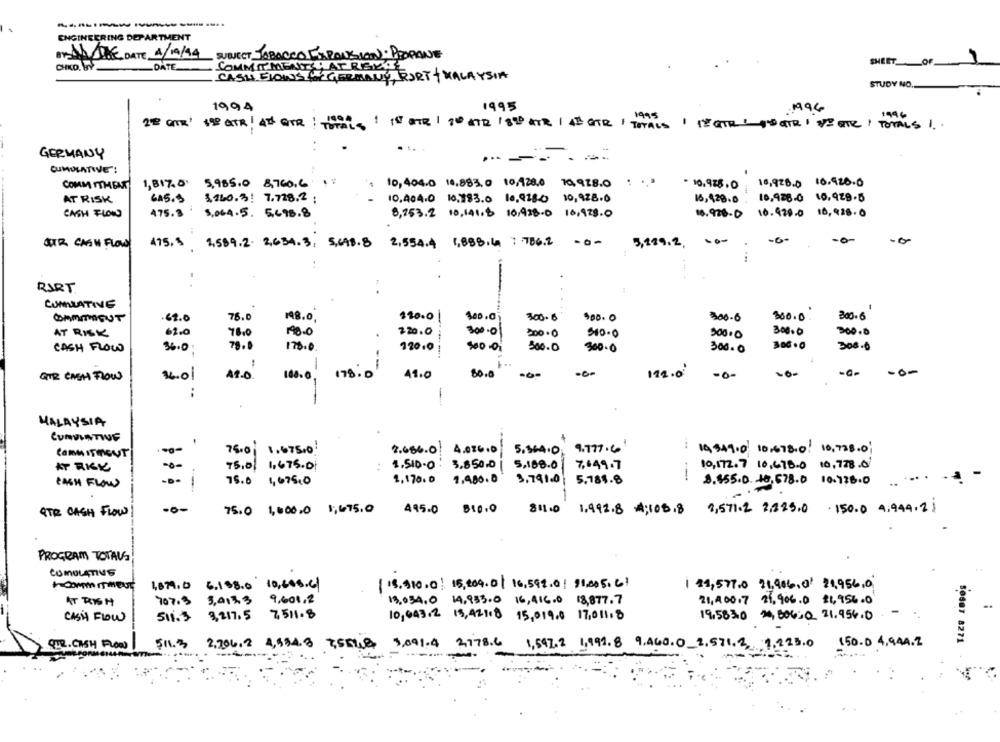
---------
ENGINEERING DEPARTMENT
BAL THE DATE 4/19/94
SUBJECT TABACCO EXPANSION). PROPONE
CHKD. BY
_DATE
COMMITMENTS AT RENTE
SHEETOF
CASH FLOWS CIGERMANY, PORT - MALAYSIA
STUDY NO.
1994
1995
199c
20 Grx' 198 QTR AT GTR . TOTALS
1000 1 10 STR / 30 STR 180 KR / 43 GTR / TOTALS | 12GTR : 10ATRI NOTE / TOTALS 1 ..
..
GERMANY
----
CUMULATIVE !
COMM ITHEM
1,817.0 5,985.0 8,760,6 1:
10,404.0 18,983. 0 10,128,0 70,978.0
10.928. 0
18,928.0 16.920.0
AT RISK
645.3 $160.3! 7.728.2 .
10.404.0 10,183.0 10,9180 10,928.0
16,428.0
10.928.0 15.928.5
CASH FLOWS
475.3 ' 5,064.5. 5.498.8
8,753.2 10,141.8 10,928.0 18,928.0
16.926-0 16.929.0 16, 926.0
STR CASH FLOW
415. $ 2,589.2. 2,634.3, 5,698.8 2,554.4 1,888.4 1 .786.2
-0-
3,189.2.
-0-
..
RART
CUMULATIVE
-67.0
78.0
148.0
220.0
400.01
300.6
300-6
300. 0.
300.6
AT RISK
61.0
78.0
220.0
300.01
200.0
3.00.0
CASH FLOW
36.0
78.0
175.0.
120.0
500.0
300.0
300.0
3.00 .0
300.0
--
QUE CASH FLOW
36.01
A1-0
100.0
178.0
41.0
60.0
112.0
-0-
-0-
:
MALAYSIA
CUMULATIVE
75.0 1.67510
2.666.0 4.026.0
5.164.O.
9.777 .6'
19 349.0 10,678.0 10, 728.0;
COMMITMENT
AT RISK
75,01
1,475.01
1.510-0 : 3,850.0
3.850.0
5,188.0
7,649.7
10,172.7 16.678.0 10, 728.0
-0 -
75.0
1,675,0
1,170.0 1,480.0
1,480.0
3,791.0 | 5.784.8
3.555.0. 10.578.0 10.726.0
... .
-
CASH FLOW
QTR CASH FLOW!
75.0 1,000.0 1,675.0
445.0 510.0
$11.0
1.492.8 4;105.8
9,571.2 2,325.0 . 150.0 4.949.21
PROGRAM TOTALS
COMOLATIUS
+ COMMITMENT
4879.0
6.1 98.0 10,608.61
[18.910.0 16,209.0| 16,598.01 91,005.61
i $1,577.0 21,906.0' 21,956,0
AT RONS H
707.3 3,0033 9,601,2
18,034.0 14,933.0 16,416.0 18,877.7
21,400.7 21,906.0 81,956.0
511.3
19,583.0 20,806;0 21.954.0
. -
CASH FLOW
3,217.5 7511.8
10,643.2 15,42118 15,019.0 17,011.8
50887 8271
QUE. CASH FLOW
$11.3 2,206.2 4,534.8 7,5548 3,091.4 2778.6
1,547.2 1,491.8 9,460.0_2.571.2, 1.22
1.0
150. 0 4.94A.Z